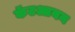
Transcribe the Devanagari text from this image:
कॅटआयन